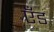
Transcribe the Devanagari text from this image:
एँड